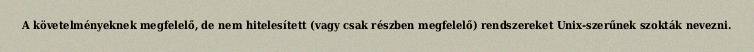
A követelményeknek megfelelő, de nem hitelesített (vagy csak részben megfelelő) rendszereket Unix-szerűnek szokták nevezni.